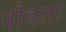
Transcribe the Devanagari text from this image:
नौबलर